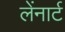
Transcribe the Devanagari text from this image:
लेंनार्ट